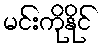
မင်းကိုနိုင်